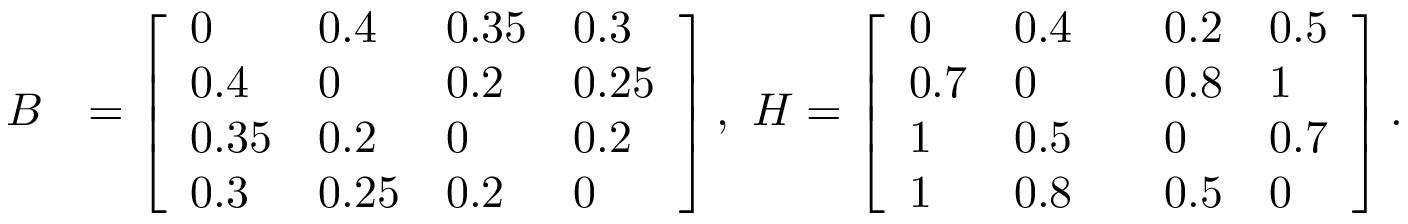
\begin{array} { r l } { B } & { = \left[ \begin{array} { l l l l } { 0 } & { 0 . 4 } & { 0 . 3 5 } & { 0 . 3 } \\ { 0 . 4 } & { 0 } & { 0 . 2 } & { 0 . 2 5 } \\ { 0 . 3 5 } & { 0 . 2 } & { 0 } & { 0 . 2 } \\ { 0 . 3 } & { 0 . 2 5 } & { 0 . 2 } & { 0 } \end{array} \right] , ~ H = \left[ \begin{array} { l l l l l } { 0 } & { 0 . 4 } & & { 0 . 2 } & { 0 . 5 } \\ { 0 . 7 } & { 0 } & & { 0 . 8 } & { 1 } \\ { 1 } & { 0 . 5 } & & { 0 } & { 0 . 7 } \\ { 1 } & { 0 . 8 } & & { 0 . 5 } & { 0 } \end{array} \right] . } \end{array}